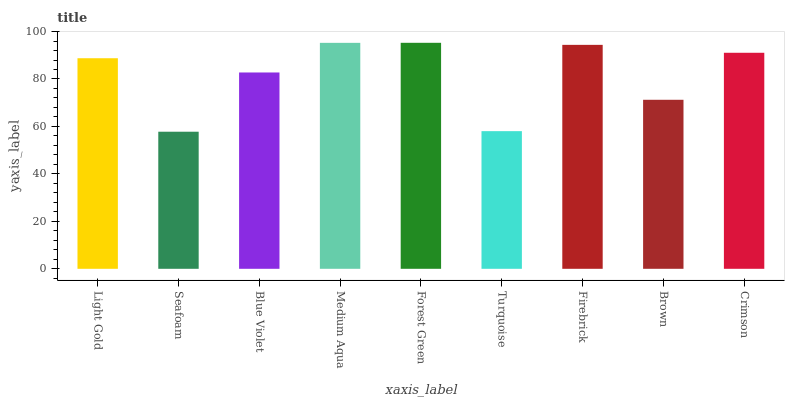
| xaxis_label | bars |
 | --- | --- |
 | Light Gold | 88.8 |
 | Seafoam | 57.8 |
 | Blue Violet | 82.7 |
 | Medium Aqua | 95.2 |
 | Forest Green | 95.3 |
 | Turquoise | 58 |
 | Firebrick | 94.4 |
 | Brown | 71.2 |
 | Crimson | 91.1 |